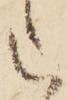
た